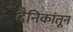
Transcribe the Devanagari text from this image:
दैनिकांतून